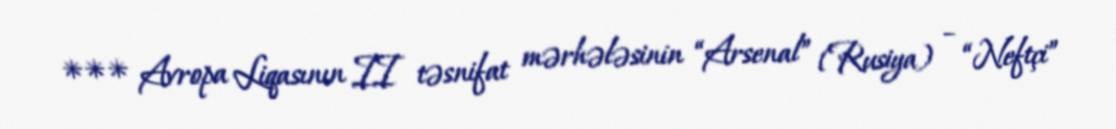
*** Avropa Liqasının II təsnifat mərhələsinin “Arsenal” (Rusiya) – “Neftçi”